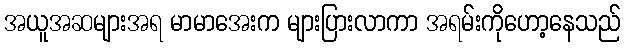
အယူအဆများအရ မာမာအေးက များပြားလာကာ အရမ်းကိုဟော့နေသည်